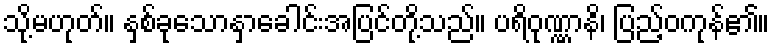
သို့မဟုတ်။ နှစ်ခုသောနှာခေါင်းအပြင်တို့သည်။ ပရိဝုဏ္ဏာနိ၊ ပြည့်ဝကုန်၏။